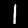
Label: 1